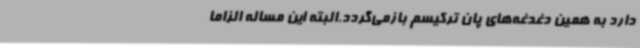
دارد به همین دغدغه‌های پان ترکیسم بازمی‌گردد.البته این مساله الزاماً